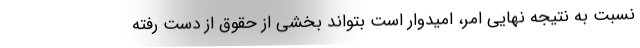
نسبت به نتیجه نهایی امر، امیدوار است بتواند بخشی از حقوق از دست رفته